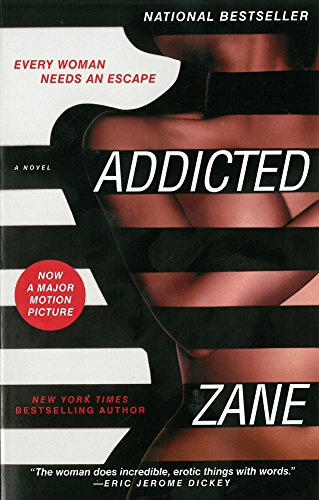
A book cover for Addicted: A Novel; Zane; Romance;